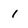
Character: 1